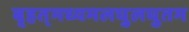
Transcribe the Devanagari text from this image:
बृहत्‌मध्यमलघुलघुतम